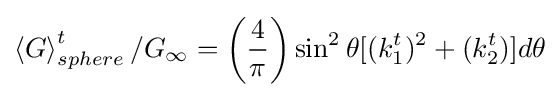
\left\langle {G}\right\rangle _{sphere}^{t}/G_{\infty }=\left({\frac {4}{\pi }}\right)\sin ^{2}\theta [(k_{1}^{t})^{2}+(k_{2}^{t})]d\theta